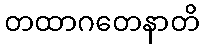
တထာဂတေနာတိ